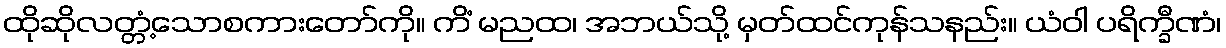
ထိုဆိုလတ္တံ့သောစကားတော်ကို။ ကိံ မညထ၊ အဘယ်သို့ မှတ်ထင်ကုန်သနည်း။ ယံဝါ ပရိက္ခီဏံ၊